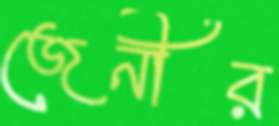
জেনীর